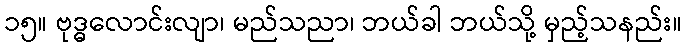
၁၅။ ဗုဒ္ဓလောင်းလျာ၊ မည်သညာ၊ ဘယ်ခါ ဘယ်သို့ မှည့်သနည်း။